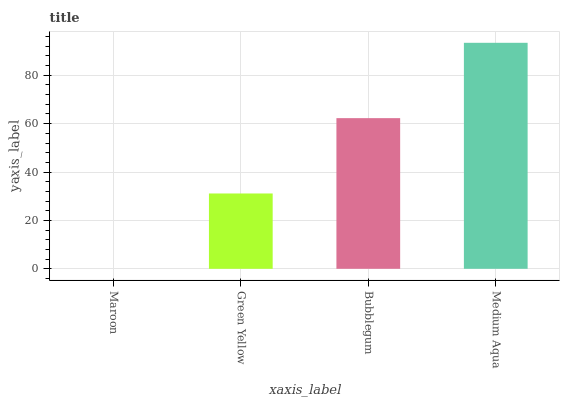
| xaxis_label | bars |
 | --- | --- |
 | Maroon | 0 |
 | Green Yellow | 31.1 |
 | Bubblegum | 62.3 |
 | Medium Aqua | 93.4 |